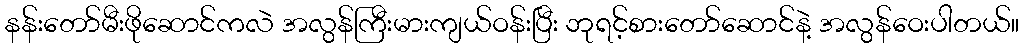
နန်းတော်မီးဖိုဆောင်ကလဲ အလွန်ကြီးမားကျယ်ဝန်းပြီး ဘုရင့်စားတော်ဆောင်နဲ့ အလွန်ဝေးပါတယ်။